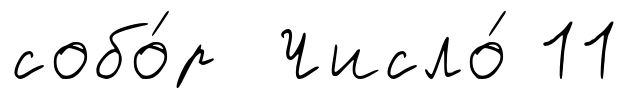
собо́р Число́ 11